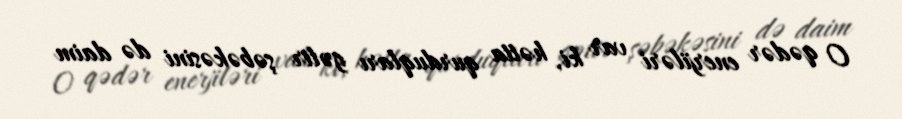
O qədər enerjiləri var ki, hətta qurduqları gəlir şəbəkəsini də daim